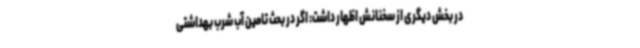
در بخش دیگری از سخنانش اظهار داشت: اگر در بحث تامین آب شرب بهداشتی